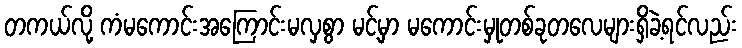
တကယ်လို့ ကံမကောင်းအကြောင်းမလှစွာ မင့်မှာ မကောင်းမှုတစ်ခုတလေများရှိခဲ့ရင်လည်း